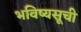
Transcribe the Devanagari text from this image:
भविष्यसूची